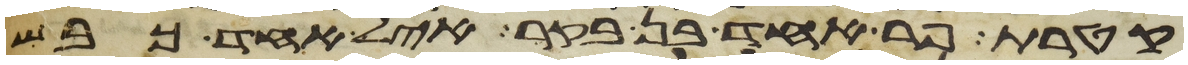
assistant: קטרת פר אחד בן בקר איל אחד כבש